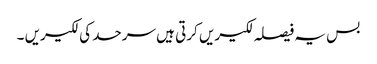
بس یہ فیصلہ لکیریں کرتی ہیں سرحد کی لکیریں ۔